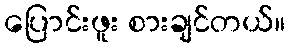
ပြောင်းဖူး စားချင်တယ်။